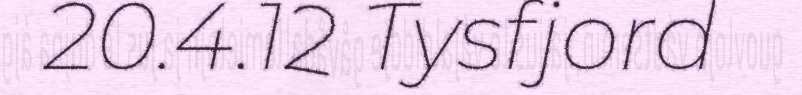
20.4.12 Tysfjord